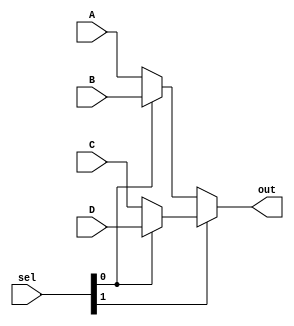
`timescale 1ns / 1ps
module mux4x1(A, B, C, D, sel, out);
    input A, B, C, D;
    input [1:0] sel;
    output wire out;
    
    assign out = sel[1] ? sel[0]? D:C : sel[0]? B:A;
    
    // using case statement // declare out as "reg" for case statement implementation
    /*
    always@(*)
    begin
    case (sel)
        2'b00 : out <= A;
        2'b01 : out <= B;
        2'b10 : out <= C;
        default : out <= D;
    endcase
    end
    */
endmodule